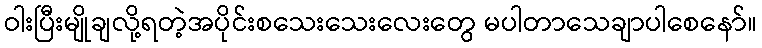
ဝါးပြီးမျိုချလို့ရတဲ့အပိုင်းစသေးသေးလေးတွေ မပါတာသေချာပါစေနော်။